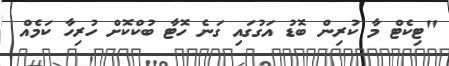
"ޓިކެޓް މާ ކުރިން ބޮޑު އަގުގައި ގަނެ ހޮޓާ ބުކްކޮށް ހުރިހާ ކަމެއް